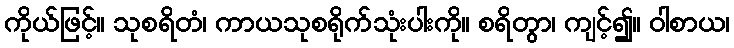
ကိုယ်ဖြင့်။ သုစရိတံ၊ ကာယသုစရိုက်သုံးပါးကို။ စရိတွာ၊ ကျင့်၍။ ဝါစာယ၊